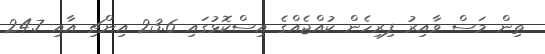
ތިން މަސް ވާއިރު ފިރިހެން ކުއްޖެއްގެ އިސްކޮޅުގައި 23.6 އިންޗި އާއި 24.7